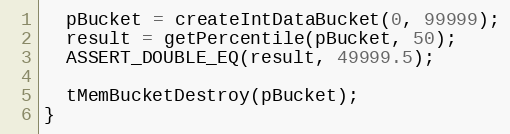
Language: C++
  pBucket = createIntDataBucket(0, 99999);
  result = getPercentile(pBucket, 50);
  ASSERT_DOUBLE_EQ(result, 49999.5);

  tMemBucketDestroy(pBucket);
}